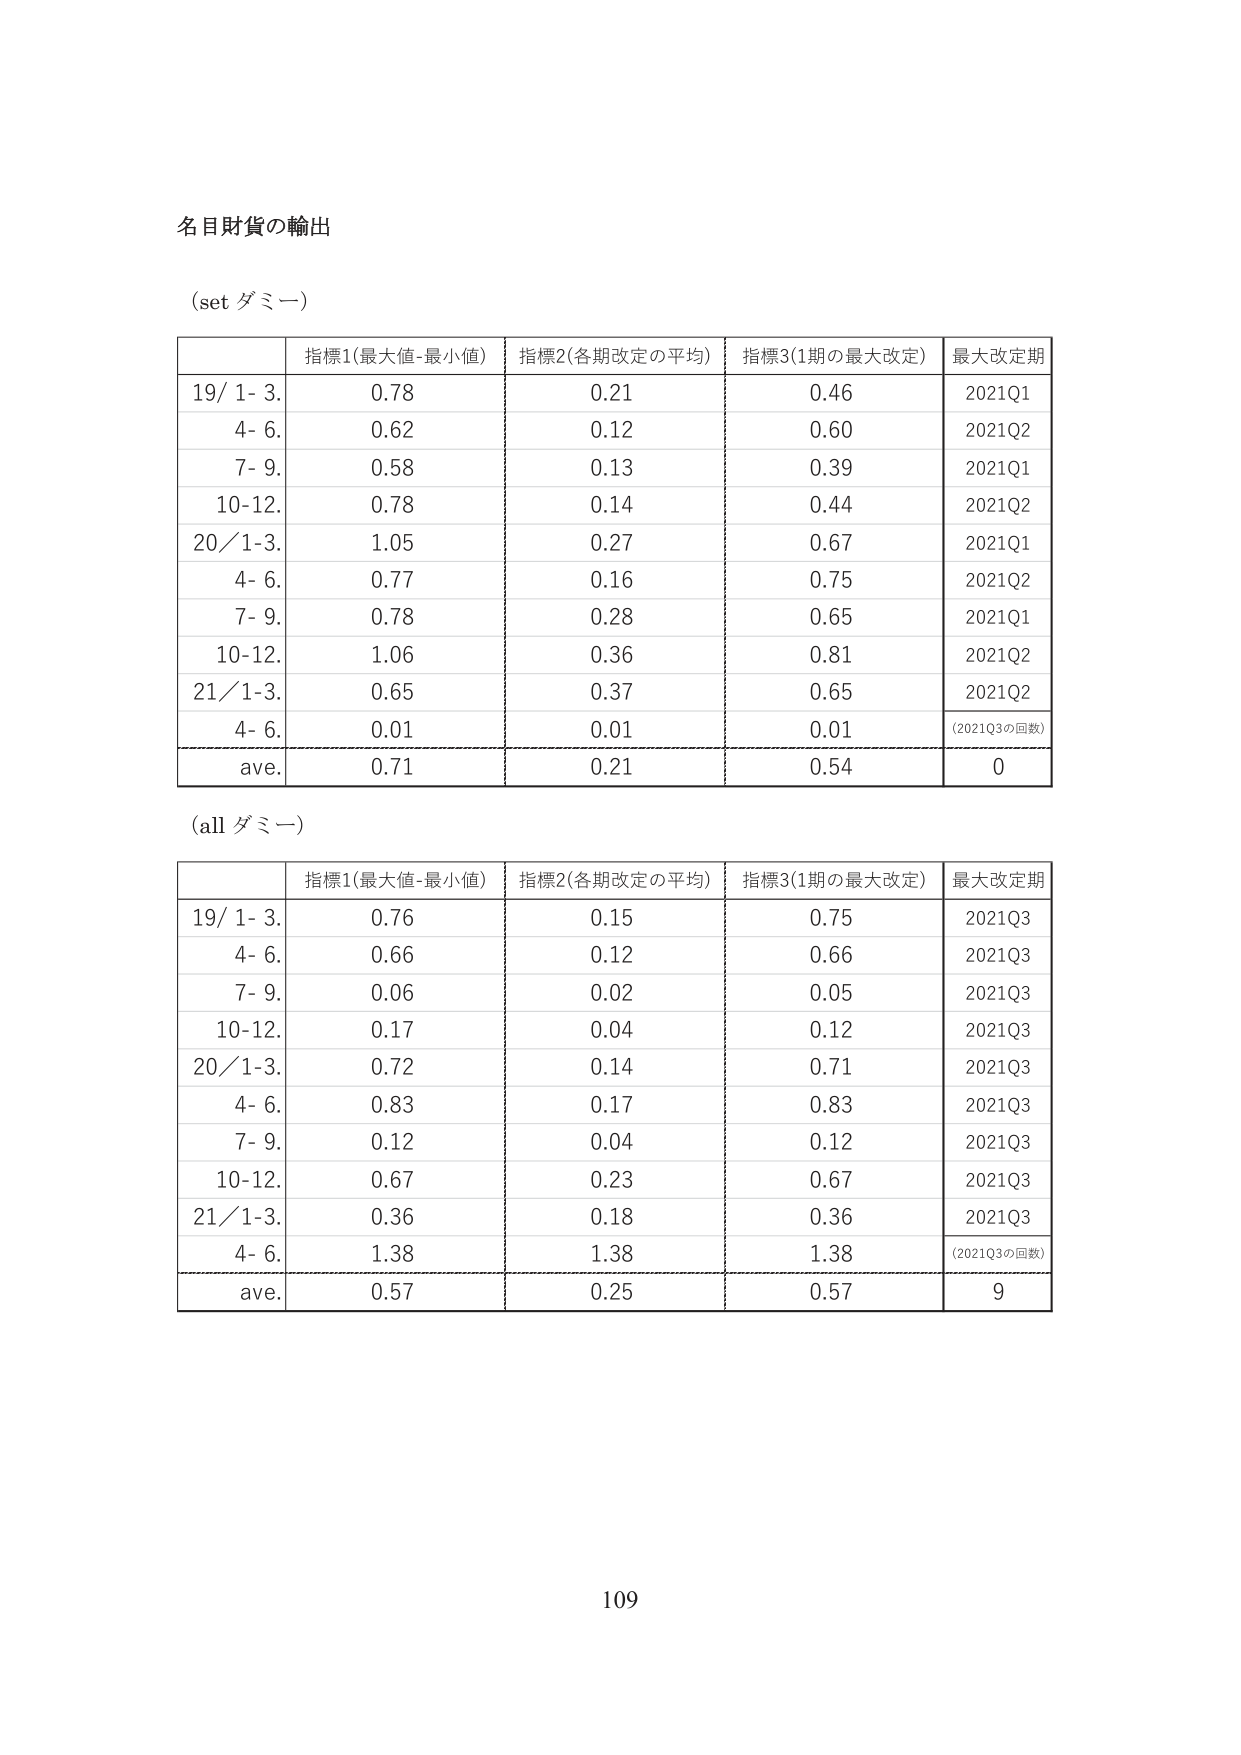
名目財貨の輸出

(set ダミー)

指標1(最大値-最小値) 指標2(各期改定の平均) 指標3(1期の最大改定) 最大改定期
19/ 1- 3. 0.78 0.21 0.46 2021Q1
4- 6. 0.62 0.12 0.60 2021Q2
7- 9. 0.58 0.13 0.39 2021Q1
10-12. 0.78 0.14 0.44 2021Q2
20/1-3. 1.05 0.27 0.67 2021Q1
4- 6. 0.77 0.16 0.75 2021Q2
7- 9. 0.78 0.28 0.65 2021Q1
10-12. 1.06 0.36 0.81 2021Q2
21/1-3. 0.65 0.37 0.65 2021Q2
4- 6. 0.01 0.01 0.01 (2021Q3の回数)
ave. 0.71 0.21 0.54 0

(all ダミー)

指標1(最大値-最小値) 指標2(各期改定の平均) 指標3(1期の最大改定) 最大改定期
19/ 1- 3. 0.76 0.15 0.75 2021Q3
4- 6. 0.66 0.12 0.66 2021Q3
7- 9. 0.06 0.02 0.05 2021Q3
10-12. 0.17 0.04 0.12 2021Q3
20/1-3. 0.72 0.14 0.71 2021Q3
4- 6. 0.83 0.17 0.83 2021Q3
7- 9. 0.12 0.04 0.12 2021Q3
10-12. 0.67 0.23 0.67 2021Q3
21/1-3. 0.36 0.18 0.36 2021Q3
4- 6. 1.38 1.38 1.38 (2021Q3の回数)
ave. 0.57 0.25 0.57 9

109